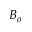
B _ { o }